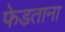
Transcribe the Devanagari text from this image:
फेडताना